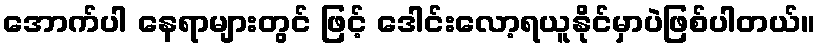
အောက်ပါ နေရာများတွင် ဖြင့် ဒေါင်းလော့ရယူနိုင်မှာပဲဖြစ်ပါတယ်။